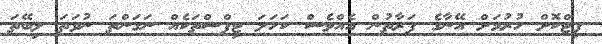
ފިޓްކޮށް ހުރުމަށް އޭނާގެ ފަރާތުން އެއްވެސް ކަހަލަ ޓިޕްސްތަކެއް ނަގަންތަ ނުވަތަ ލިބޭތަ